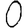
Digit: 0